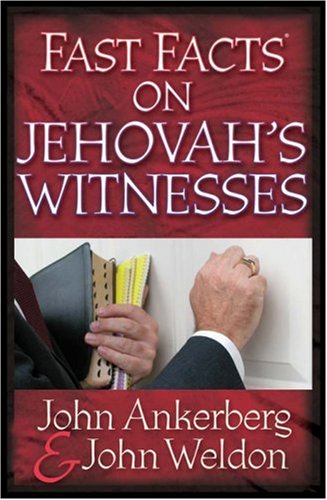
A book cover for Fast FactsÂ® on Jehovah's Witnesses; John Ankerberg; Christian Books & Bibles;